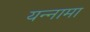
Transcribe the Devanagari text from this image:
यन्‍नामा